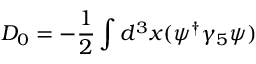
D _ { 0 } = - \frac { 1 } { 2 } \int d ^ { 3 } { x } ( \psi ^ { \dag } \gamma _ { 5 } \psi )